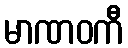
မာဏဝကီ